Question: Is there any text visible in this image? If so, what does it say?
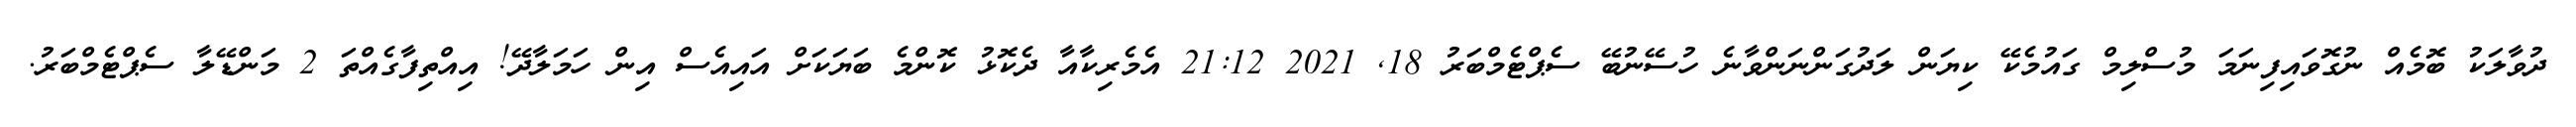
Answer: ދުވާލަކު ބޮމެއް ނުގޮވައިފިނަމަ މުސްލިމް ގައުމެކޭ ކިޔަން ލަދުގަންނަންވާނެ ހުސޭނުބޭ ސެޕްޓެމްބަރު 18, 2021 21:12 އެމެރިކާއާ ދެކޮޅު ކޮންމެ ބަޔަކަށް އައިއެސް އިން ހަމަލާދޭ! އިއްތިފާގެއްތަ 2 މަންޑޭލާ ސެޕްޓެމްބަރު.